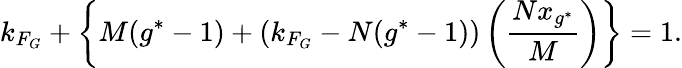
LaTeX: k_{F_{G}}+\left\{ M(g^{*}-1)+\left(k_{F_{G}}-N(g^{*}-1)\right)\left(\frac{Nx_{g^{*}}}{M}\right)\right\} =1.